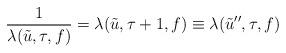
LaTeX: \begin{align*}\frac{1}{\lambda(\tilde{u},\tau,f)}=\lambda(\tilde{u},\tau +1,f) \equiv \lambda(\tilde{u}'',\tau,f)\end{align*}